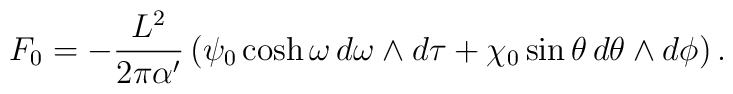
F_0 = -\frac{L^2}{2\pi\alpha'}\left(\psi_0\cosh\omega\,d\omega\wedge d\tau       + \chi_0\sin\theta\,d\theta\wedge d\phi\right).